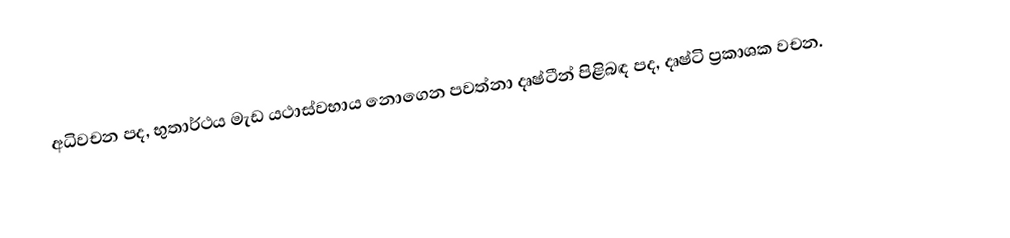
අධිවචන පද, භුතාර්ථය මැඩ යථාස්වභාය නොගෙන පවත්නා දෘෂ්ටීන් පිළිබඳ පද, දෘෂ්ටි ප්‍රකාශක වචන.